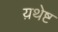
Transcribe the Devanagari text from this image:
य़थेष्ट